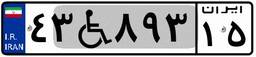
۴۳W۸۹۳۱۵